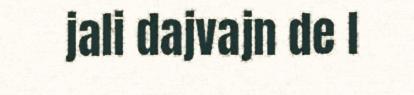
jali dajvajn de l